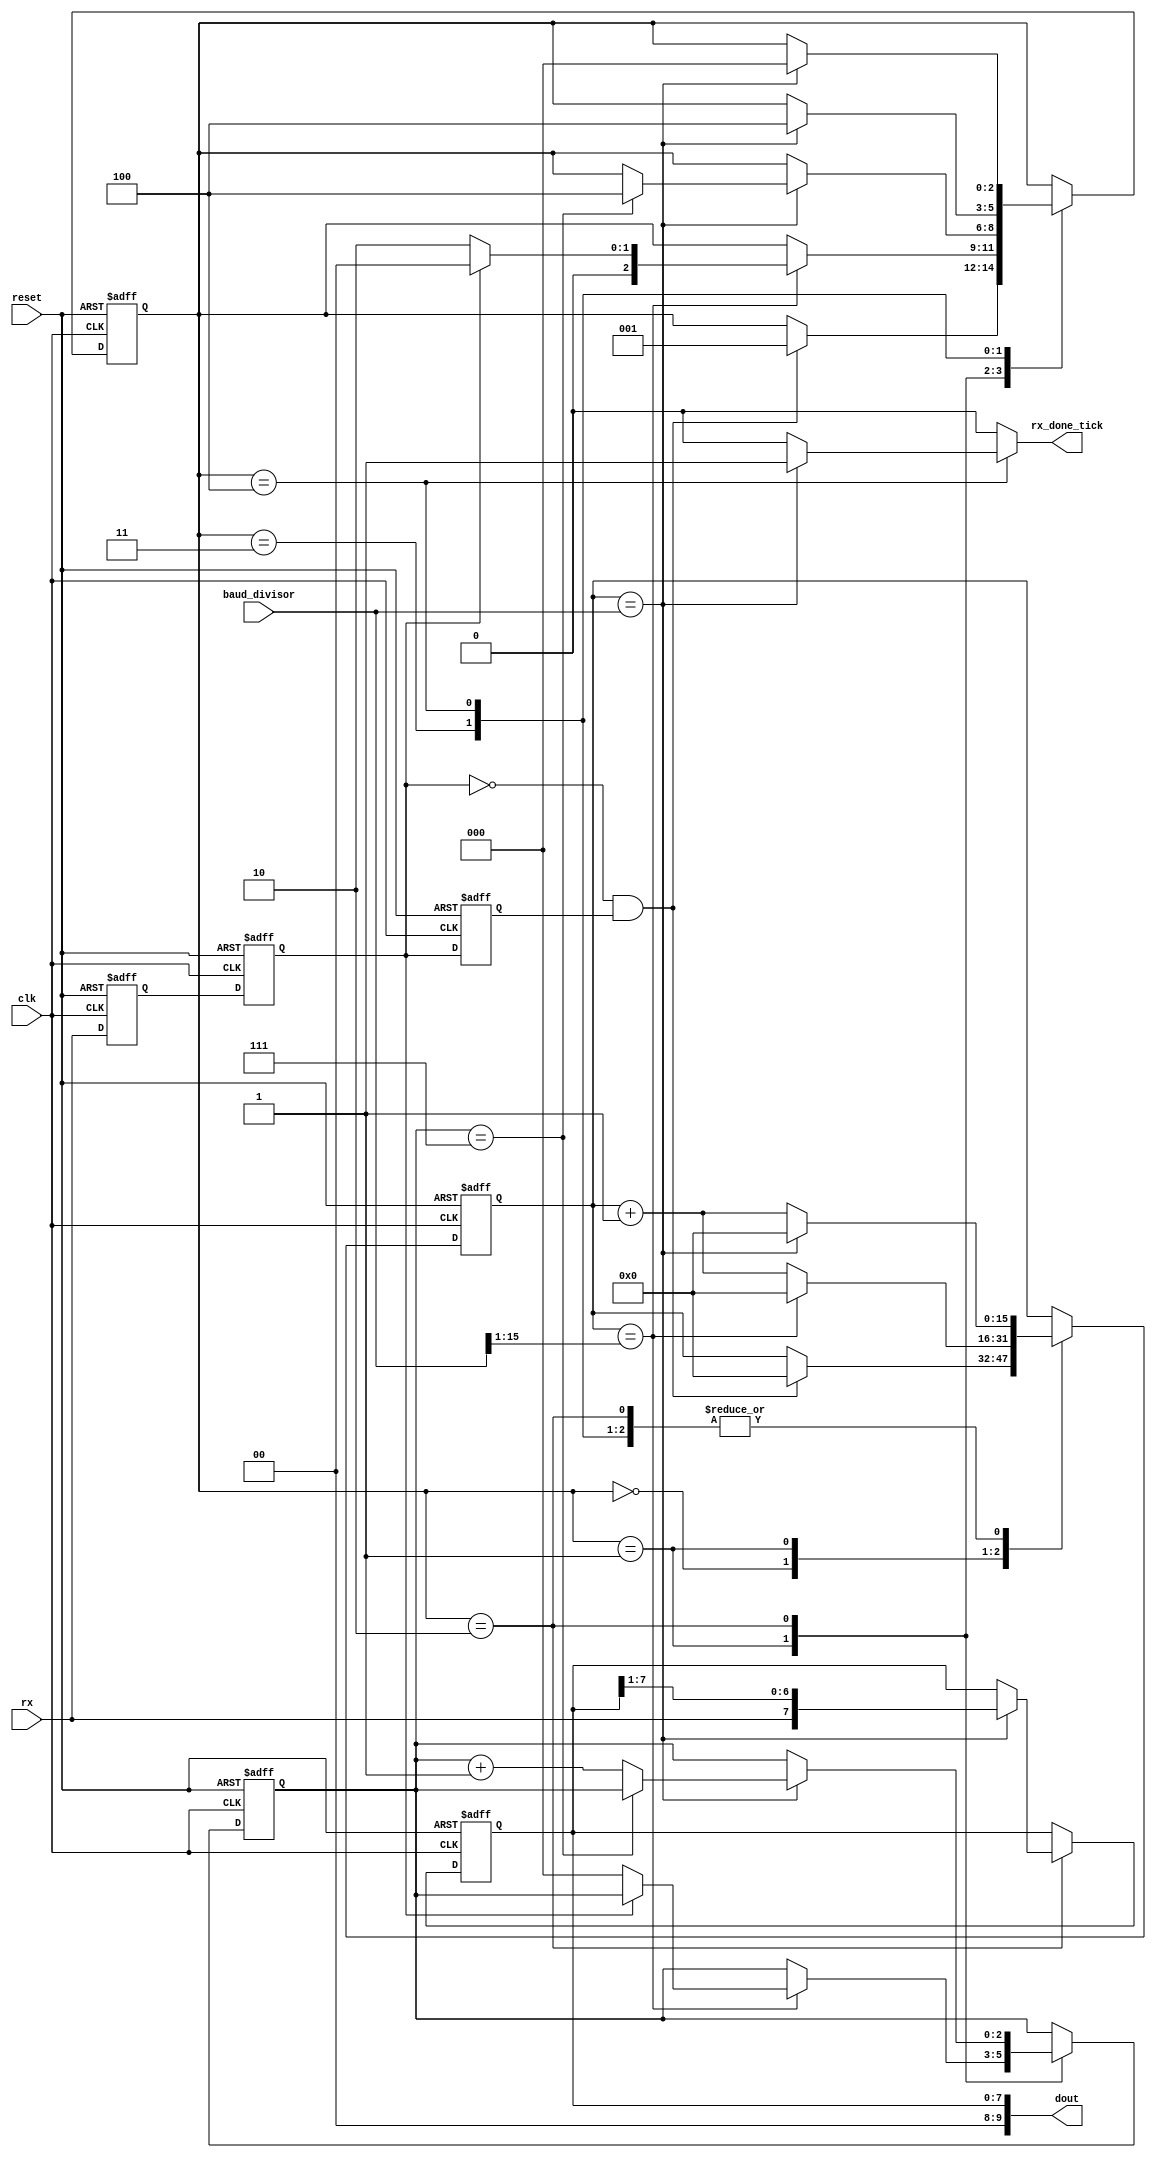
`timescale 1ns / 1ps
//==========================================================================
// Module name : uart_rx.v
// Change Log  :
//      - V1.0: Write Basic UART RX Controller (5/2018)
//
// Description: 
// 1. Overview: This file contains the UART Receiver Controller
//
// 2.Features:
//  - Data Bit: 5,6,7,8 (configurable)
//  - Stop Bit: 1, 1.5, 2 (configurable)
// 
// 3.RX Sampling procedure:
//
//   Step 1. Wait until the RXD becomes 0 (the beginning of the start bit)
//           and then start counter s_reg. 
//   Step 2. When the incoming signal reaches the middle point of the start bit
//   Step    (s_reg = baud_divisor/2), clear the counter to 0 and restart. 
//   Step 3. When the s_reg = baud_divisor, the incoming signal progresses for one bit 
//   Step    and will reaches the middle of the next data bit.
//   Step    Retrieve its value, shift it into a register, and restart the counter. 
//   Step 4. Repeat step 3 N-1 more times to retrieve the remaining data bits. 
//   Step 5. If the optional parity bit is used, repeat step 3 one time to obtain 
//   Step    the parity bit. 
//   Step 6. Repeat step 3 M more times to obtain the stop bits.

//==========================================================================
// Module Declaration
//==========================================================================


module uart_rx#
    (
    parameter [3:0] DATA_BIT           = 8,                   // # data bits
    parameter [1:0] PARITY_BIT         = 0,                   // 00,01 <=> NONE, 11 <=> Odd, 10 <=> Even
    parameter [1:0] STOP_BIT           = 0,                    // 0 <=> 1 bit, 1 <=> 1,5 bit, 2 <=> 2 bit
    parameter [3:0] DATA_BIT_OUT       = 10                  // # data bits  (1 parity bit + 1 stop bit + 8 data bits)
    )
    (
    input  wire                           clk,                // system clock (150 MHz)
    input  wire                           reset,              // system reset
    input  wire  [15: 0]                  baud_divisor,       // baud_divisor
    input  wire                           rx,                 // rxd signal 
    output reg                            rx_done_tick,       // Indicate RX Controller receivers enough data (start,datas,stop bit)
    output wire  [DATA_BIT_OUT-1:0]       dout                // RX Data bits
    );

   // symbolic state declaration
   localparam [2:0]
      IDLE            = 3'd0,
      START           = 3'd1,
      DATA            = 3'd2,
      PARITY          = 3'd3,      
      STOP            = 3'd4;

//===================================================================================
// Wire/Register Declaration
//===================================================================================

   reg [2:0]             state_reg, state_next;                // state machine for RX
   reg [15:0]            s_reg, s_next;                        // baud rate count
   reg [2:0]             n_reg, n_next;                        // data bit count
   reg [DATA_BIT -1 :0]  b_reg, b_next;                        // RX shift register
   
   reg                   stop_bit_reg, stop_bit_next;
   reg                   parity_val_reg, parity_val_next;
   reg                   parity_chk_reg, parity_chk_next;
   reg                   parity_err_reg, parity_err_next;
   
   reg                   rx_d1, rx_d2, rx_d3;                  // to detect falling edge
   wire                  rx_falling_edge;
   
   reg  [15:0]           stop_bit_div;
   wire [15:0]           haft_baud_div;
   wire [15:0]           quart_baud_div;

//===================================================================================
// body
//===================================================================================
assign haft_baud_div   = {1'b0, baud_divisor[15:1]};
assign quart_baud_div  = {2'b00,baud_divisor[15:2]};

//-----------------------------------------------------------------------------------
// Delay Rx to avoid metastability
//-----------------------------------------------------------------------------------
   always @(posedge clk, posedge reset)
      if (reset)
         begin
            rx_d1 <= 0;
            rx_d2 <= 0;
            rx_d3 <= 0;
         end
      else
         begin
            rx_d1 <= rx;
            rx_d2 <= rx_d1;
            rx_d3 <= rx_d2;
         end
//-----------------------------------------------------------------------------------
// Detect the falling edge of RXD (for detecting start bit only)
//-----------------------------------------------------------------------------------
assign rx_falling_edge = (~rx_d2) & (rx_d3); 

//-----------------------------------------------------------------------------------
// Calculate the stop bit divisor
//-----------------------------------------------------------------------------------
// Multiplication is a complicated operation and synthesis of the multiplication 
// operator *  depends on synthesis software and target device technology, so we use 
// shift and + operation to calculate stop bit value

   always @*
      case (STOP_BIT)
         2'b00: stop_bit_div = baud_divisor;                  // 1   Stop Bit
         2'b01: stop_bit_div = baud_divisor + quart_baud_div; // 1.5 Stop Bit
         2'b10: stop_bit_div = baud_divisor + haft_baud_div;  // 2   Stop Bit
         2'b11: stop_bit_div = baud_divisor;
      endcase
      
//-----------------------------------------------------------------------------------
// FSMD state & data registers
//-----------------------------------------------------------------------------------
   always @(posedge clk, posedge reset)
      if (reset)
         begin
            state_reg          <= IDLE;
            s_reg              <= 0;
            n_reg              <= 0;
            b_reg              <= 0;
            parity_val_reg     <= 0;
            parity_chk_reg     <= 0;
            stop_bit_reg       <= 0;
            parity_err_reg     <= 0;
         end
      else
         begin
            state_reg          <= state_next;
            s_reg              <= s_next;
            n_reg              <= n_next;
            b_reg              <= b_next;
            parity_val_reg     <= parity_val_next;
            parity_chk_reg     <= parity_chk_next;
            stop_bit_reg       <= stop_bit_next;
            parity_err_reg     <= parity_err_next;
         end
//-----------------------------------------------------------------------------------
// FSMD next-state logic
//-----------------------------------------------------------------------------------
   always @*
   begin
      state_next          = state_reg;
      rx_done_tick        = 1'b0;
      s_next              = s_reg;
      n_next              = n_reg;
      b_next              = b_reg;
      parity_val_next     = parity_val_reg;
      parity_chk_next     = parity_chk_reg;
      parity_err_next     = parity_err_reg;
      stop_bit_next       = stop_bit_reg; 
      case (state_reg)
        IDLE:                                              // if RX changes from 1 to 0, changes to "stop state"
            if (rx_falling_edge)   
                begin
                    state_next = START;
                    s_next     = 0;
                end
         START:                                            // When the counter = baud_divisor/2, 
            if (s_reg == haft_baud_div)                    // the incoming signal reaches the middle point of the start bit
                begin                                      
                    if(rx_d2)                              // if RX is = 1 => noise => return IDLE state
                        begin                                
                            state_next = IDLE;                
                            s_next     = 0;                       
                        end                                  
                    else                                   // else changes to DATA state
                        begin                              
                            state_next      = DATA;             
                            s_next          = 0;                
                            n_next          = 0;           // Reset N counter
                            stop_bit_next   = 0;
                            parity_val_next = 0;
                            parity_chk_next = 0;
                            parity_err_next = 0;
                        end                     
                end
            else
                s_next = s_reg + 1;                        // s++ to increase baud rate count
         DATA:                                             // When the counter = baud_divisor, 
            if (s_reg == baud_divisor)                     // the incoming signal progresses for 1 bit
                begin                                      // and reaches the middle of the next data bit.
                    s_next = 0;                            
                    b_next = {rx, b_reg[DATA_BIT-1:1]};    // shift rx value to shift register
                    if (n_reg == (DATA_BIT-1))             // if n reachs DATA_BIT, changes to next state
                        if(PARITY_BIT[1] == 1'b0)          // if PARITY_BIT = NONE, go to STOP state 
                            state_next = STOP;
                        else
                            state_next = PARITY;           //    else go to PARITY state
                    else                                   
                        n_next = n_reg + 1;                // else n++ to increase number of data bits
                end                                        
            else                                           
                s_next = s_reg + 1;                        // s++ to increase baud rate count
         PARITY:
            if (s_reg == baud_divisor)                     // When the counter = baud_divisor
                begin
                    state_next = STOP;
                    s_next = 0;
                    parity_val_next = rx;                  // parity_val_reg stores Parity Bit value
                    parity_chk_next = ^b_reg;
                end
            else
                s_next = s_reg + 1; 
         STOP:   
            if (s_reg == stop_bit_div)                     // When the counter = stop_bit_div,
                begin
                    state_next    = IDLE;
                    stop_bit_next = rx;
                    if(((PARITY_BIT == 2'b10)&& (parity_val_reg != parity_chk_reg))||((PARITY_BIT == 2'b11)&& (parity_val_reg == parity_chk_reg)))
                        parity_err_next = 1'b1;            // error
                    else
                        parity_err_next = 1'b0;
                    s_next        = 0;
                    rx_done_tick  = 1'b1;                  // RX Controller receivers enough UART protocol 
                end
            else
                  s_next = s_reg + 1;
      endcase
   end
   // output
   assign dout = {parity_err_reg,~stop_bit_reg,{DATA_BIT_OUT-DATA_BIT{1'b0}},b_reg}; // PARITY_ERROR, STOP_ERROR, DATA_BIT
endmodule